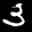
Label: 3